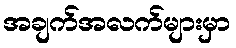
အချက်အလက်များမှာ